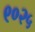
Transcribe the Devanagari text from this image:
९०२५